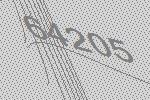
64205